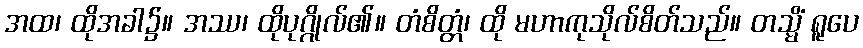
အထ၊ ထိုအခါ၌။ အဿ၊ ထိုပုဂ္ဂိုလ်၏။ တံစိတ္တံ၊ ထို မဟာကုသိုလ်စိတ်သည်။ တသ္မိံ ရူပေ